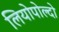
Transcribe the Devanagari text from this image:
लियोपोल्दो